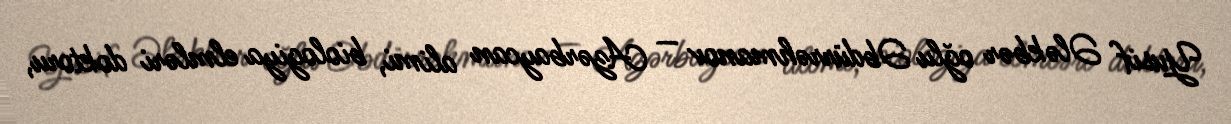
Yusif Ələkbər oğlu Əbdürrəhmanov — Azərbaycan alimi, biologiya elmləri doktoru,